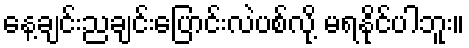
နေ့ချင်းညချင်းပြောင်းလဲပစ်လို့ မရနိုင်ပါဘူး။